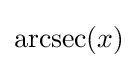
\operatorname {arcsec} (x)